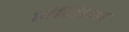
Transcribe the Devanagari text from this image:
संधिमत्